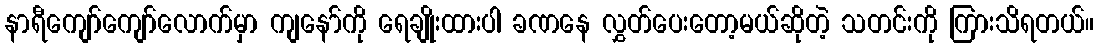
နာရီကျော်ကျော်လောက်မှာ ကျနော်ကို ရေချိုးထားပါ ခဏနေ လွှတ်ပေးတော့မယ်ဆိုတဲ့ သတင်းကို ကြားသိရတယ်။